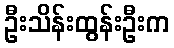
ဦးသိန်းထွန်းဦးက